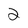
Character: 2